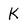
Character: K